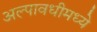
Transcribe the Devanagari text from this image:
अल्पावधीमध्ये